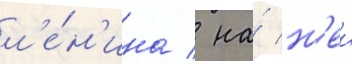
л'е́н'ина / на́ н'еи